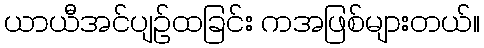
ယာယီအင်ပျဉ်ထခြင်း ကအဖြစ်များတယ်။